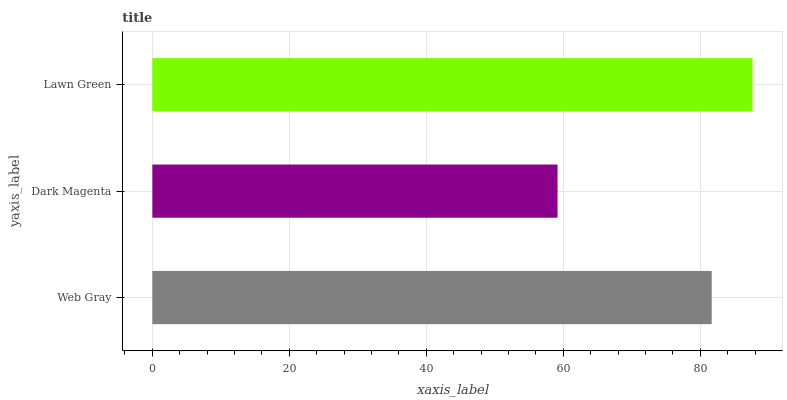
| yaxis_label | bars |
 | --- | --- |
 | Web Gray | 81.7 |
 | Dark Magenta | 59.2 |
 | Lawn Green | 87.6 |